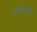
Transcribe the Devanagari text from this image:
आर्चडिओसेस